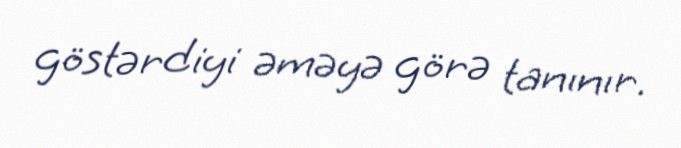
göstərdiyi əməyə görə tanınır.